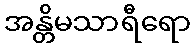
အန္တိမသာရီရော